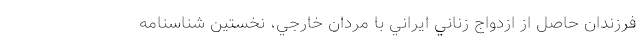
فرزندان حاصل از ازدواج زناني ايراني با مردان خارجي، نخستين شناسنامه